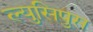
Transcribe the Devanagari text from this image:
ल्युसिपुस